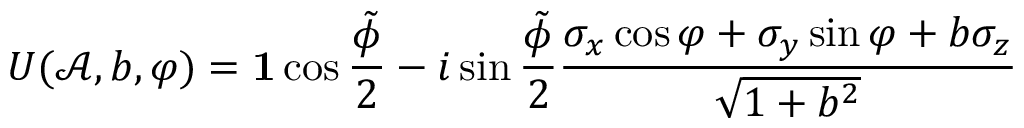
U ( \mathcal { A } , b , \varphi ) = \mathbf { 1 } \cos \frac { \tilde { \phi } } { 2 } - i \sin \frac { \tilde { \phi } } { 2 } \frac { \sigma _ { x } \cos \varphi + \sigma _ { y } \sin \varphi + b \sigma _ { z } } { \sqrt { 1 + b ^ { 2 } } }